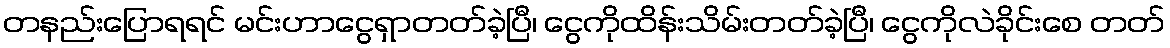
တနည်းပြောရရင် မင်းဟာငွေရှာတတ်ခဲ့ပြီ၊ ငွေကိုထိန်းသိမ်းတတ်ခဲ့ပြီ၊ ငွေကိုလဲခိုင်းစေ တတ်